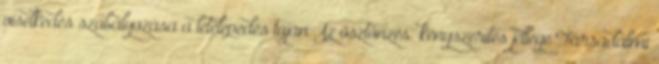
viselkedés szabályozása a letelepedés táján Az ösztönzés kényszerítés jellege Társadalmi